Lunatic asylums in Bengal annual reports 1912-1924 - 1912-1924
Year: 1912
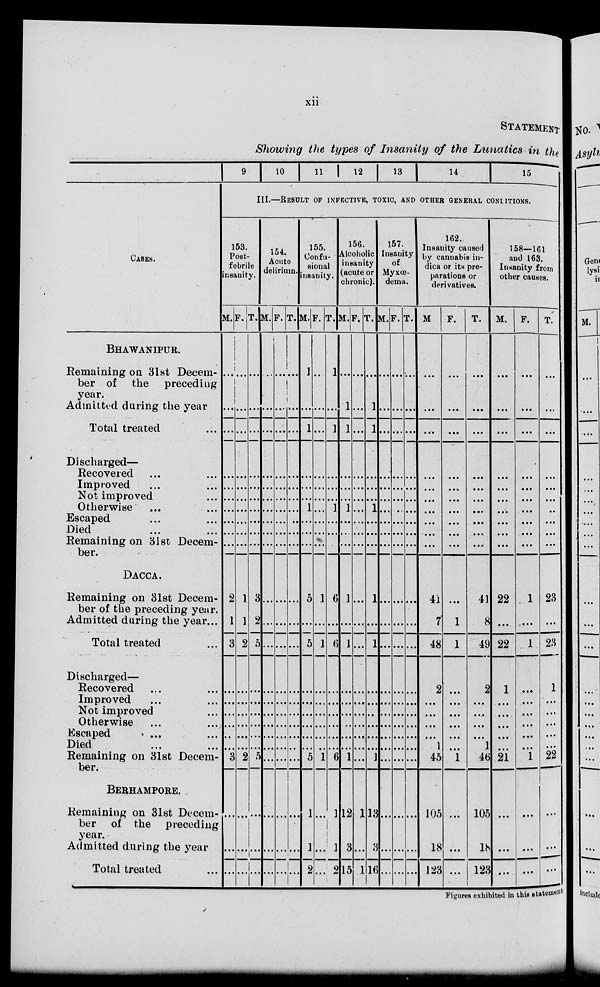
xii
STATEMENT
Showing the types of Insanity of the Lunatics in the
CASES.
BHAWANIPUR.
Remaining on 31st Decem-
ber of the preceding
year.
Admitted during the year
Total treated ...
Discharged—
Recovered ... ...
Improved ... ...
Not improved ...
Otherwise ... ...
Escaped ... ...
Died ... ...
Remaining on 31st Decem-
ber.
DACCA.
Remaining on 31st Decem-
ber of the preceding year.
Admitted during the year ...
Total treated ...
Discharged—
Recovered ... ...
Improved ... ...
Not improved ...
Otherwise ... ...
Escaped ... ...
Died ... ...
Remaining on 31st Decem-
ber.
BERHAMPORE.
Remaining on 31st Decem-
ber of the preceding
year.
Admitted during the year
Total treated ...
9
10
11 12
13
14
15
III.—RESULT OF INFECTIVE, TOXIC, AND OTHER GENERAL CONDITIONS.
153.
Post-
febrile
insanity.
M.
...
...
...
...
...
...
...
...
...
...
2
1
...3
...
...
...
...
...
...
3
...
...
...
F.
...
...
...
...
...
...
...
...
...
...
1
1
2
...
...
...
...
...
...
2
...
...
...
T.
...
...
...
...
...
...
...
...
...
...
3
2
5
...
...
...
...
...
...
5
...
...
...
154.
Acute
delirium.
M.
...
...
...
...
...
...
...
...
...
...
...
...
...
...
...
...
...
...
...
...
...
...
...
F.
...
...
...
...
...
...
...
...
...
...
...
...
...
...
...
...
...
...
...
...
...
...
...
T.
...
...
...
...
...
...
...
...
...
...
...
...
...
...
...
...
...
...
...
...
...
...
...
155.
Confu-
sional
insanity.
M.
1
...
1
...
...
...
1
...
...
...
5
...
5
...
...
...
...
...
...
5
1
1
2
F.
...
...
...
...
...
...
...
...
...
...
1
...
1
...
...
...
...
...
...
1
...
...
. ..
T.
1
...
1
...
...
...
1
...
...
...
6
...
6
...
...
...
...
...
...
6
1
1
2
156.
Alcoholic
insanity
(acute or
chronic).
M.
...
1
1
...
...
...
1
...
...
...
1
...
1
...
...
...
...
...
...
1
12
3
15
F.
...
...
...
...
...
...
...
...
...
...
...
...
...
...
...
...
...
...
...
...
1
...
1
T.
...
1
1
...
...
...
1
...
...
...
1
...
1
...
...
...
...
...
...
1
13
3
16
157.
Insanity
of
Myxœ-
dema.
M.
...
...
...
...
...
...
...
...
...
...
...
...
...
...
...
...
...
...
...
...
...
...
...
T.
...
...
...
...
...
...
...
...
...
...
...
...
...
...
...
...
...
...
...
...
...
...
...
T.
...
...
...
...
...
...
...
...
...
...
...
...
...
...
...
...
...
...
...
...
...
...
...
162.
Insanity caused
by canabis in-
dica or its pre-
parations or
derivatives.
M.
...
...
...
...
...
...
...
...
...
...
41
7
48
2
...
...
...
...
1
45
105
18
123
F.
...
...
...
...
...
...
...
...
...
...
...
1
1
...
...
...
...
...
...
1
...
...
...
T.
.. .
...
...
...
...
...
...
...
...
...
41
8
49
2
...
...
...
...
1
46
105
18
123
158—161
and 163.
Insanity from
other causes.
M.
...
...
...
...
...
...
...
...
...
...
22
...
22
1
...
...
...
...
...
21
...
...
...
F.
...
...
...
...
...
...
...
...
...
...
1
...
1
...
...
...
...
...
...
1
...
...
. ..
T.
...
...
...
...
...
...
...
...
...
...
23
...
23
1
...
...
...
...
...
22
...
...
...
Figures exhibited in this statement